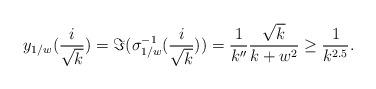
LaTeX: \begin{align*}y_{1/w}(\frac{i}{\sqrt{k}})=\Im ( \sigma_{1/w}^{-1} (\frac{i}{\sqrt{k}}))=\frac{1}{k^{\prime\prime}}\frac{\sqrt{k}}{k+w^2} \geq \frac{1}{k^{2.5}}.\end{align*}